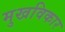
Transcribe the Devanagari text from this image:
मुखविकार